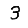
Digit: 3